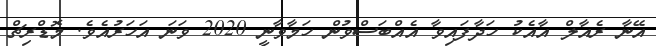
އޭނާ ރެއާލް އާއެކު ހަދާފައިވާ އެއްބަސްވުން ހަމާވާނީ 2020 ވަނަ އަހަރުއެވެ. މޮޑްރިޗް